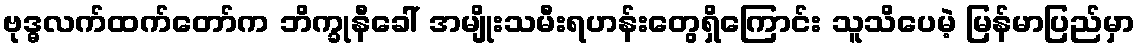
ဗုဒ္ဓလက်ထက်တော်က ဘိက္ခုနီခေါ် အမျိုးသမီးရဟန်းတွေရှိကြောင်း သူသိပေမဲ့ မြန်မာပြည်မှာ